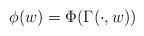
LaTeX: \begin{align*} \phi(w)=\Phi(\Gamma(\cdot,w))\end{align*}